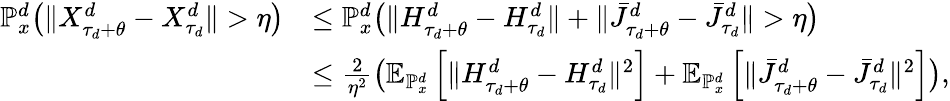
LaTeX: \begin{array}{rl}{\mathbb{P}_{x}^{d}\big(\| X_{\tau_{d}+\theta}^{d}-X_{\tau_{d}}^{d}\| >\eta\big)}&{\leq\mathbb{P}_{x}^{d}\big(\| H_{\tau_{d}+\theta}^{d}-H_{\tau_{d}}^{d}\| +\| \bar{J}_{\tau_{d}+\theta}^{d}-\bar{J}_{\tau_{d}}^{d}\| >\eta\big)}\\ &{\leq\frac{2}{\eta^{2}}\big(\mathbb{E}_{\mathbb{P}_{x}^{d}}\left[\| H_{\tau_{d}+\theta}^{d}-H_{\tau_{d}}^{d}\| ^{2}\right]+\mathbb{E}_{\mathbb{P}_{x}^{d}}\left[\| \bar{J}_{\tau_{d}+\theta}^{d}-\bar{J}_{\tau_{d}}^{d}\| ^{2}\right]\big),}\end{array}